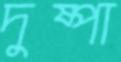
দুষ্পা